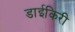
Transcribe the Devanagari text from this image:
डाईकिरी